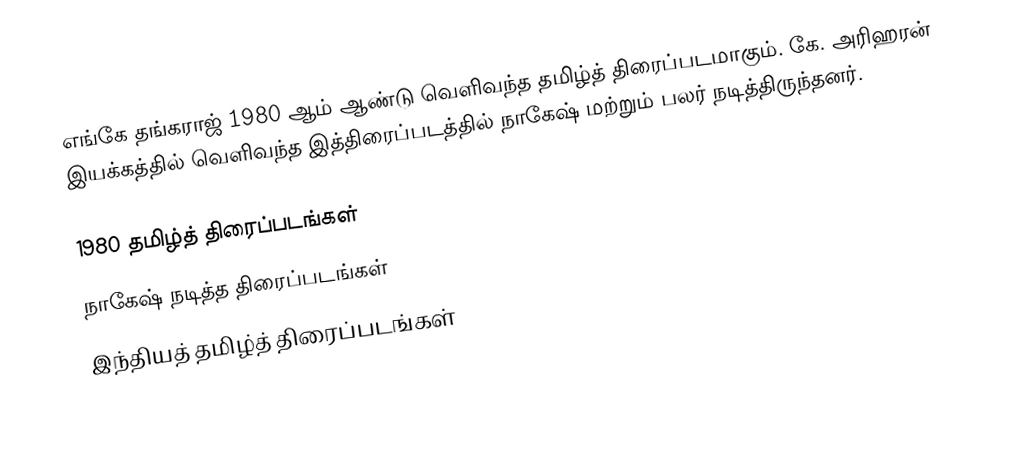
எங்கே தங்கராஜ் 1980 ஆம் ஆண்டு வெளிவந்த தமிழ்த் திரைப்படமாகும். கே. அரிஹரன் இயக்கத்தில் வெளிவந்த இத்திரைப்படத்தில் நாகேஷ் மற்றும் பலர் நடித்திருந்தனர்.

1980 தமிழ்த் திரைப்படங்கள்
நாகேஷ் நடித்த திரைப்படங்கள்
இந்தியத் தமிழ்த் திரைப்படங்கள்